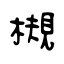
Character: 槻